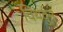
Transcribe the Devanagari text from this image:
चिथवुन